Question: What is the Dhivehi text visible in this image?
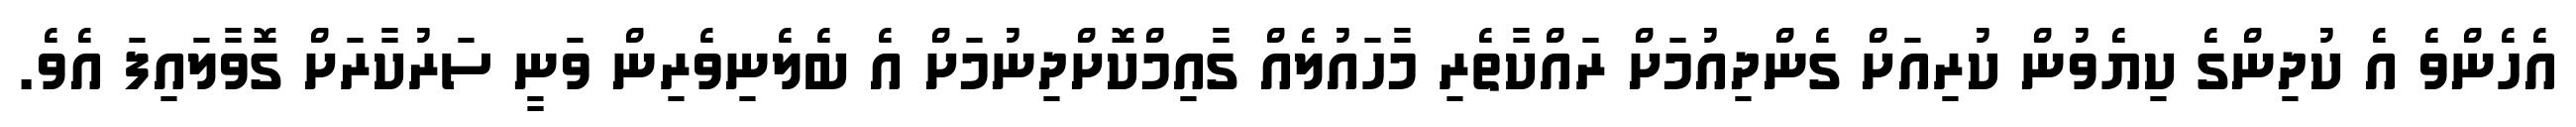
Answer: އެހެންވެ އެ ކުދިންގެ ކިޔެވުން ކުރިއަށް ގެންދިއުމަށް ރައްކާތެރި މާހައުލެއް ގާއިމްކޮށްދިނުމަށް އެ ބެލެނިވެރިން ވަނީ ސަރުކާރަށް ގޮވާލައިފަ އެވެ.